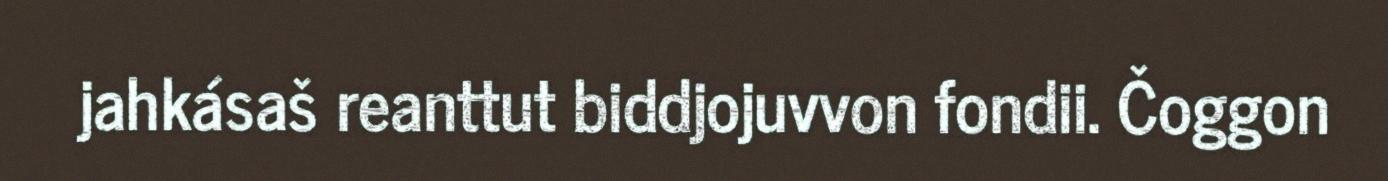
jahkásaš reanttut biddjojuvvon fondii. Čoggon